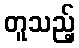
တူသည့်